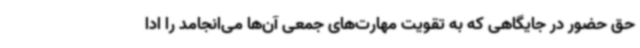
حق حضور در جایگاهی که به تقویت مهارت‌های جمعی آن‌ها می‌انجامد را ادا